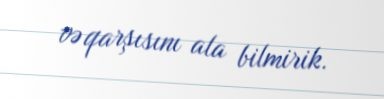
və qarşısını ala bilmirik.